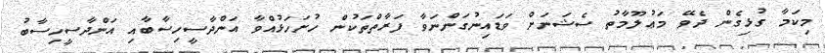
މިކަމާ ގުޅިގެން ދެވޭ މަޢުލޫމާތު ސެޝަނަށް ވަޑައިނުގަންނަވާ ފަރާތްތަކުން ހުށަހަޅުއްވާ އަންދާސީހިސާބާއި އަންދާސީހިސާބު